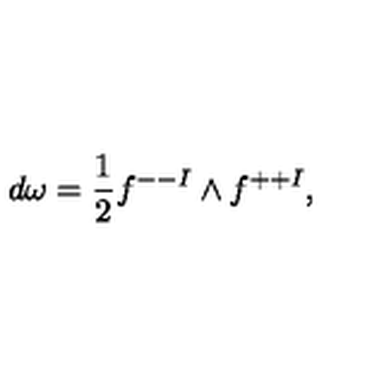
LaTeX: d \omega = { \frac { 1 } { 2 } } f ^ { -- I } \wedge f ^ { + + I } ,